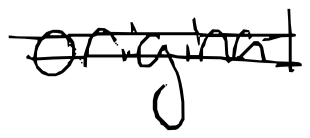
Text: original
Cross-out: double-line
Writing tool: digital_black